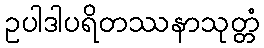
ဥပါဒါပရိတဿနာသုတ္တံ